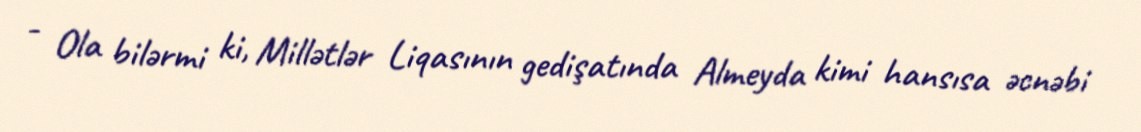
- Ola bilərmi ki, Millətlər Liqasının gedişatında Almeyda kimi hansısa əcnəbi